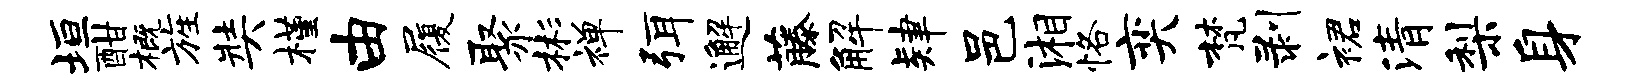
垣酣概旌奘槿由履聚彬禅弭邂藤解肄邑湘恪奕梵剥裙清梨身